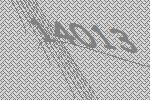
14013